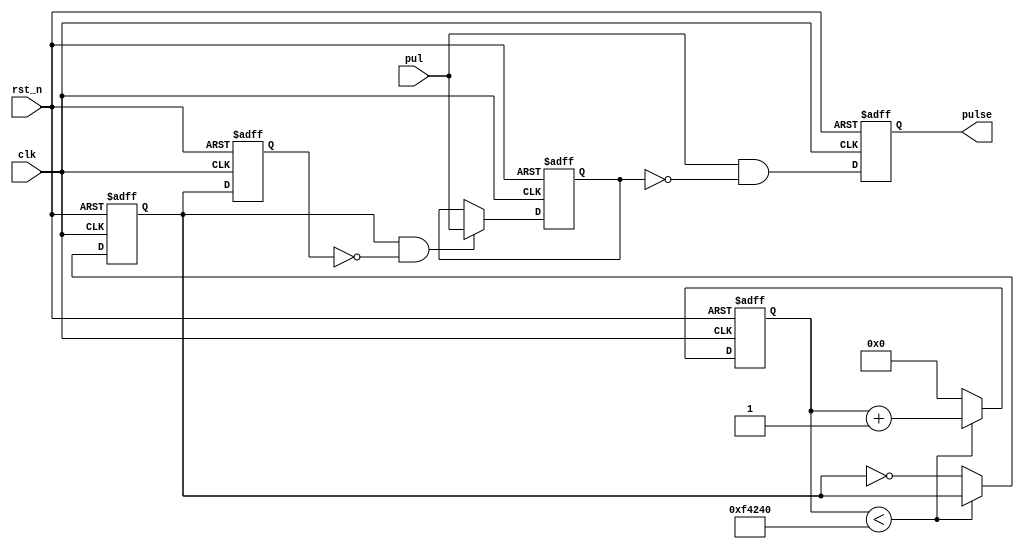
/**
 * @module Pulse
 * @brief Generates a pulse signal based on the input signal 'pul' and the clock signal 'clk'.
 * 
 * The module has two processes. The first process generates a slow clock signal 'slow_clk' by dividing the input clock signal 'clk' by a factor of 1000000.
 * The second process detects the rising edge of the slow clock signal and generates a pulse signal 'pulse' based on the input signal 'pul'.
 * 
 * @param clk The clock input signal.
 * @param rst_n The active-low reset signal.
 * @param pul The input signal used to generate the pulse signal.
 * @param pulse The output pulse signal.
 */

module Pulse(
    input clk, rst_n,
    input pul,
    output reg pulse
);
reg [22:0] clk_cnt;
reg slow_clk;
    always @(posedge clk, negedge rst_n) begin
        if (!rst_n) begin
            clk_cnt <= 0;
            slow_clk <= 0;
        end else begin
            if (clk_cnt < 1000000)
                clk_cnt <= clk_cnt + 1;
            else begin
                clk_cnt <= 0;
                slow_clk <= ~slow_clk;
            end
        end
    end
reg last_sclk;
reg last_pul;
    always @(posedge clk, negedge rst_n) begin
        if (!rst_n) begin
            last_sclk <= 0;
            last_pul <= 0;
            pulse <= 0;
        end else begin
            last_sclk <= slow_clk;
            if (slow_clk & ~last_sclk)
                last_pul <= pul;
                pulse <= pul & ~last_pul;
        end
    end
endmodule